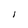
Character: I